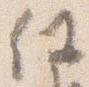
任